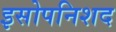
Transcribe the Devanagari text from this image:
इसोपनिशद